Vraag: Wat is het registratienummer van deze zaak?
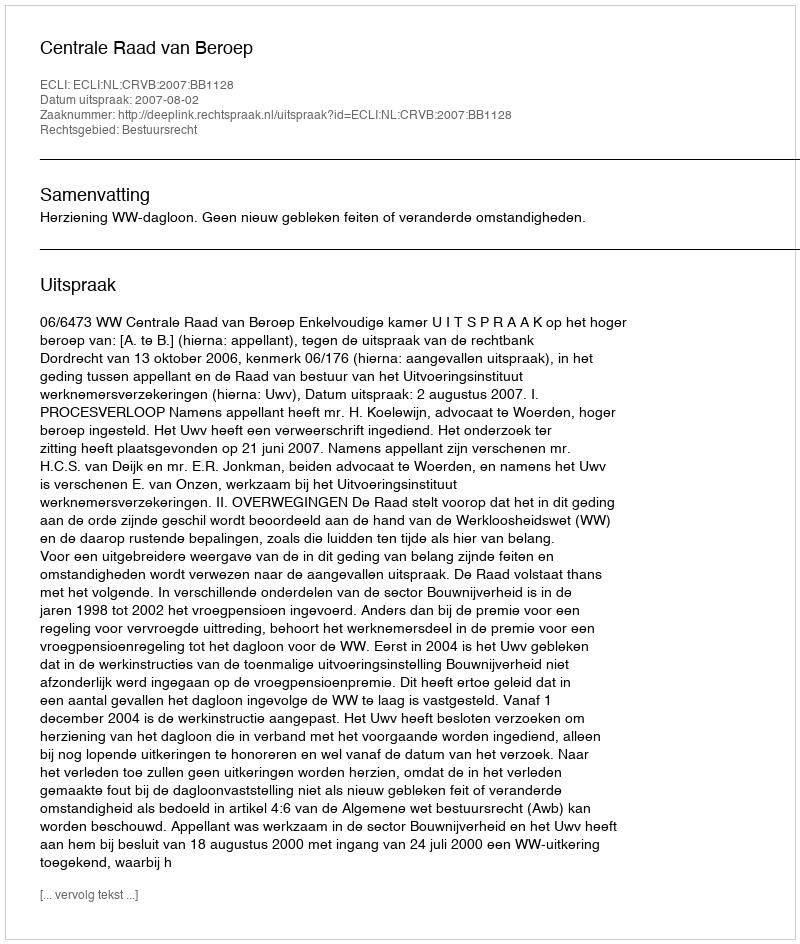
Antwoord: http://deeplink.rechtspraak.nl/uitspraak?id=ECLI:NL:CRVB:2007:BB1128